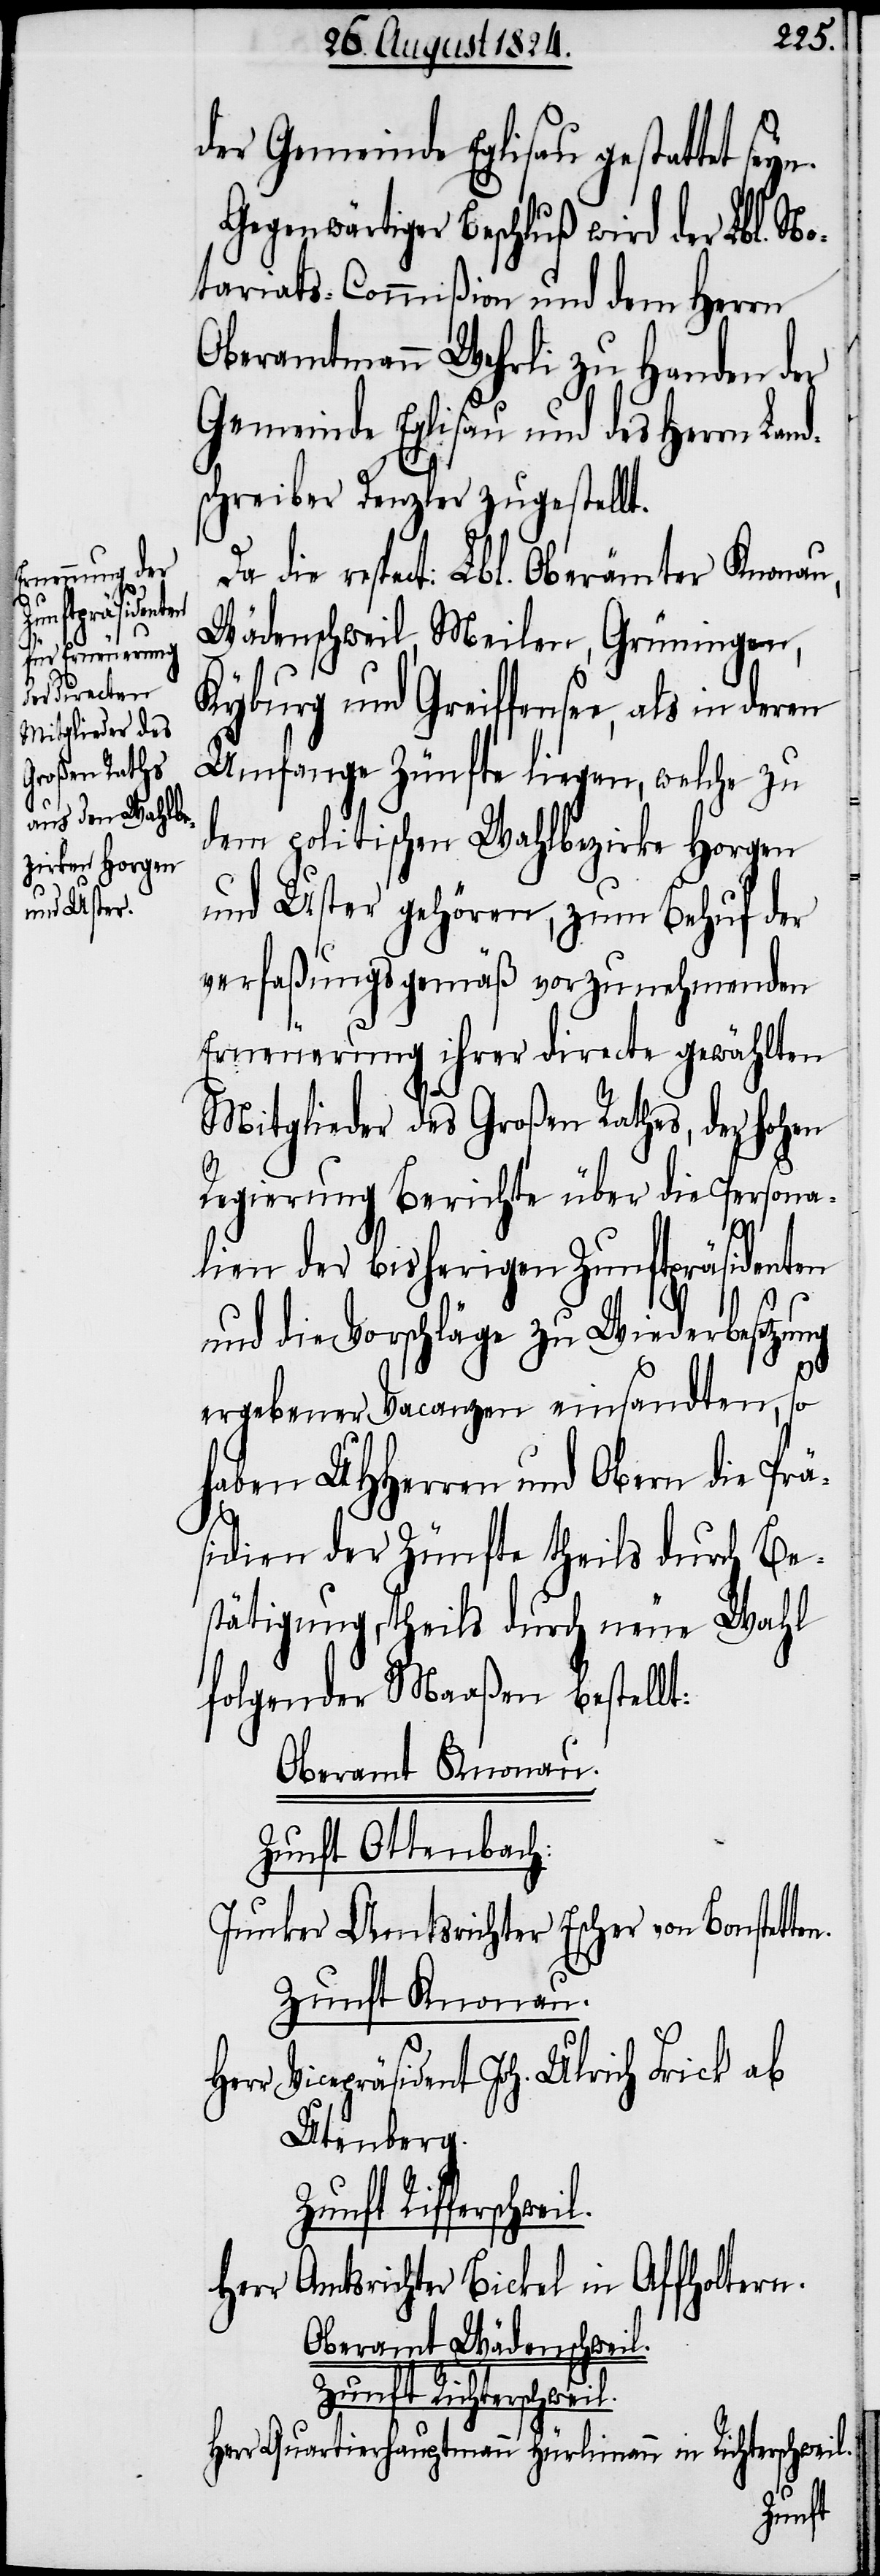
n.

der Gemeinde Eglisau gestattet se¬
Gegenwärtiger Beschluß wird der Lbl. No¬
tariats-Commißion und dem Herrn
Oberamtmann Wehrli zu Handen der
Gemeinde Eglisau und des Herrn Land¬
schreiber Denzler zugestellt.
Da die respect: Lbl. Oberämter Knonau,
Wädenschweil, Meilen, Grüningen,
yn.
Kyburg und Greiffensee, als in deren
Umfange Zünfte liegen, welche zu
dem politischen Wahlbezirke Horgen
und Uster gehören, zum Behuf der
verfaßungsgemäß vorzunehmenden
Erneuerung ihrer directe gewählten
Mitglieder des Großen Rathes, der hohen
Regierung Berichte über die Persona¬
lien der bisherigen Zunftpräsidenten
und die Vorschläge zu Wiederbesetzung
ergebener Vacanzen einsandten, so
haben UHHerren und Obern die Prä¬
sidien der Zünfte theils durch Be¬
stätigung, theils durch neue Wahl
folgender Maaßen bestellt:
Oberamt Knonau.
Zunft Ottenbach.
Junker Amtsrichter Escher von Bonstette¬
Zunft Knonau.
Vicepräsident Joh. Ulrich Frick ab
Utenberg.
Herr Amtsrichter Bickel in Affholtern.
Oberamt Wädenschweil.
Zunft Richterschweil.
Herr Quartierhauptmann Hürlimann in Richterschweil